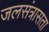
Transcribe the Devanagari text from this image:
जलसंत्रासता